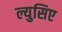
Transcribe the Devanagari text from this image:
ल्युसिए